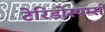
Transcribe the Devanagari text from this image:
टेरिडोस्पर्म्स